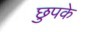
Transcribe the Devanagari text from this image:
छुपके